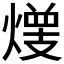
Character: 𱬋